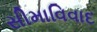
સીમાવિવાદ